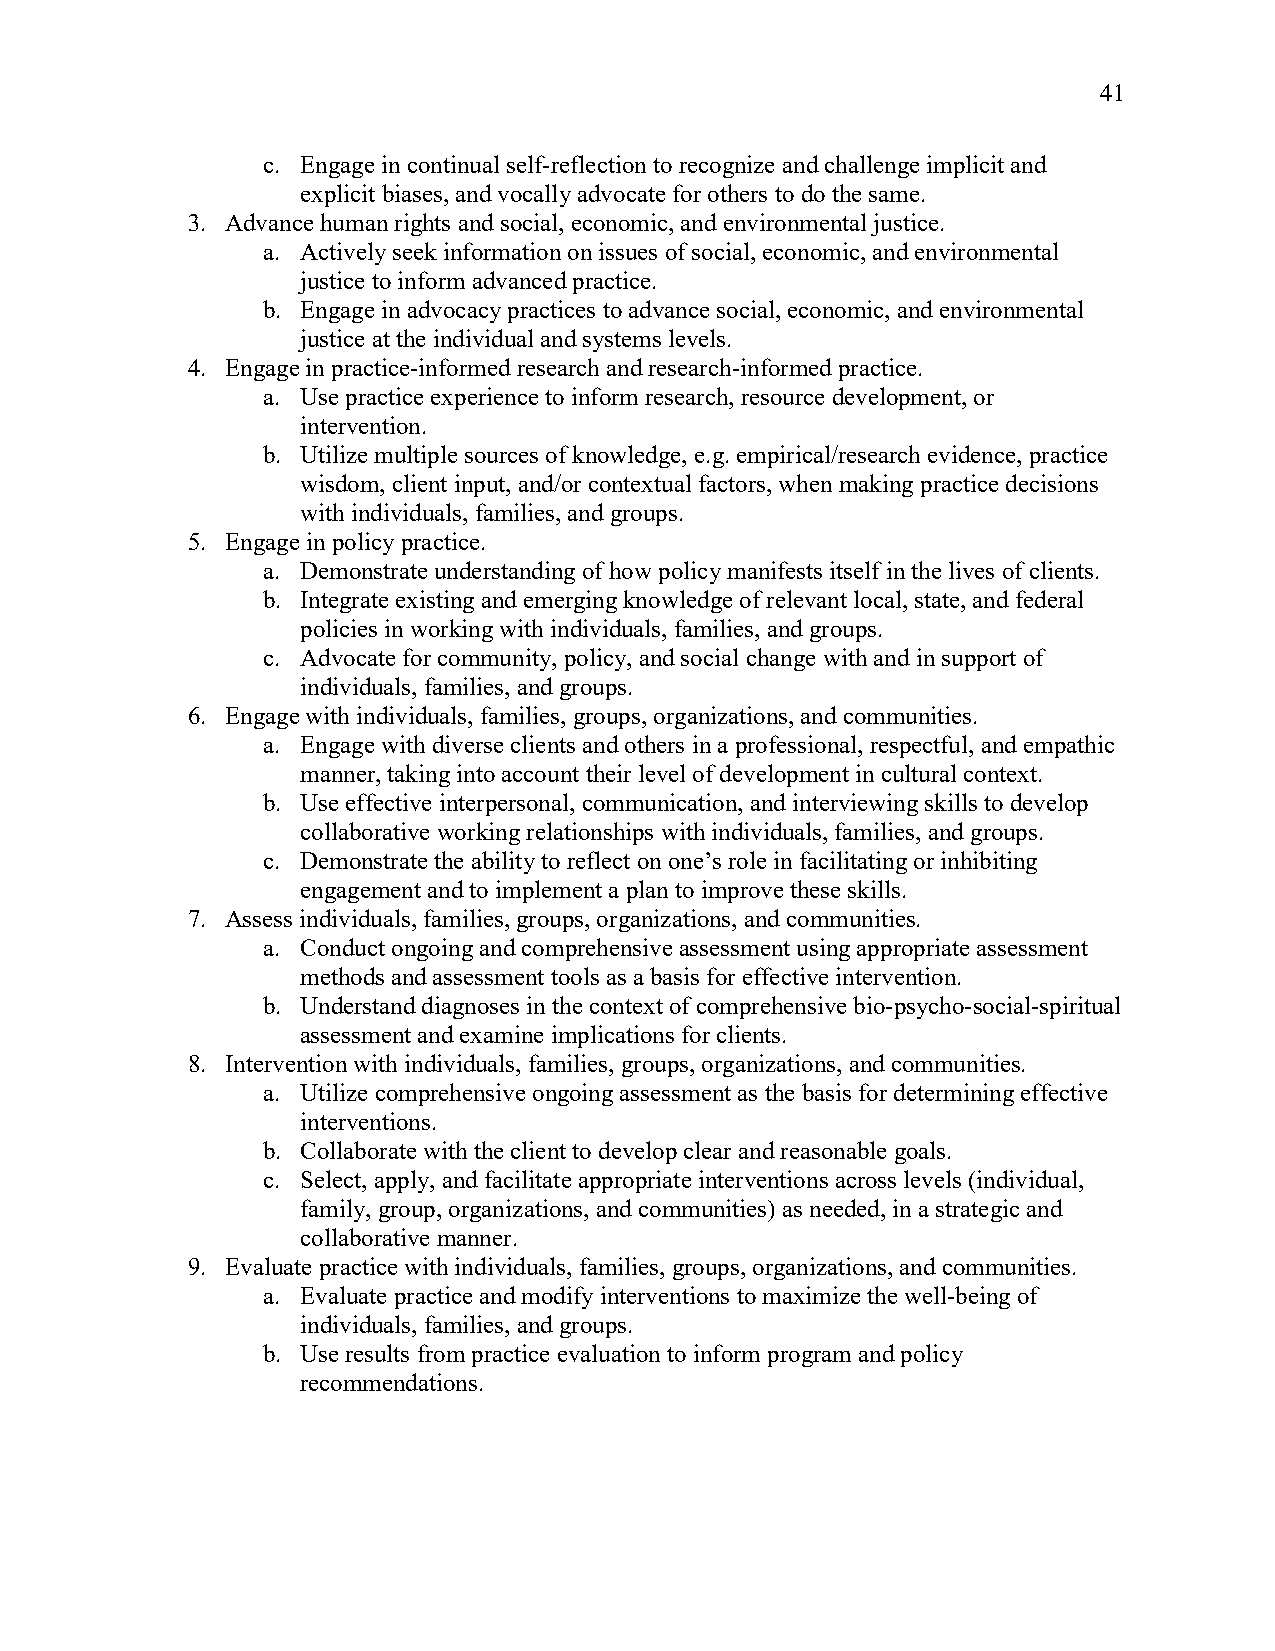
41
 c. Engage in continual self-reflection to recognize and challenge implicit and
 explicit biases, and vocally advocate for others to do the same.
 3. Advance human rights and social, economic, and environmental justice.
 a. Actively seek information on issues of social, economic, and environmental
 justice to inform advanced practice.
 b. Engage in advocacy practices to advance social, economic, and environmental
 justice at the individual and systems levels.
 4. Engage in practice-informed research and research-informed practice.
 a. Use practice experience to inform research, resource development, or
 intervention.
 b. Utilize multiple sources of knowledge, e.g. empirical/research evidence, practice
 wisdom, client input, and/or contextual factors, when making practice decisions
 with individuals, families, and groups.
 5. Engage in policy practice.
 a. Demonstrate understanding of how policy manifests itself in the lives of clients.
 b. Integrate existing and emerging knowledge of relevant local, state, and federal
 policies in working with individuals, families, and groups.
 c. Advocate for community, policy, and social change with and in support of
 individuals, families, and groups.
 6. Engage with individuals, families, groups, organizations, and communities.
 a. Engage with diverse clients and others in a professional, respectful, and empathic
 manner, taking into account their level of development in cultural context.
 b. Use effective interpersonal, communication, and interviewing skills to develop
 collaborative working relationships with individuals, families, and groups.
 c. Demonstrate the ability to reflect on one’s role in facilitating or inhibiting
 engagement and to implement a plan to improve these skills.
 7. Assess individuals, families, groups, organizations, and communities.
 a. Conduct ongoing and comprehensive assessment using appropriate assessment
 methods and assessment tools as a basis for effective intervention.
 b. Understand diagnoses in the context of comprehensive bio-psycho-social-spiritual
 assessment and examine implications for clients.
 8. Intervention with individuals, families, groups, organizations, and communities.
 a. Utilize comprehensive ongoing assessment as the basis for determining effective
 interventions.
 b. Collaborate with the client to develop clear and reasonable goals.
 c. Select, apply, and facilitate appropriate interventions across levels (individual,
 family, group, organizations, and communities) as needed, in a strategic and
 collaborative manner.
 9. Evaluate practice with individuals, families, groups, organizations, and communities.
 a. Evaluate practice and modify interventions to maximize the well-being of
 individuals, families, and groups.
 b. Use results from practice evaluation to inform program and policy
 recommendations.